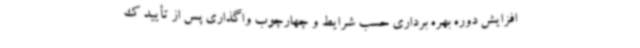
افزایش دوره بهره برداری حسب شرایط و چهارچوب واگذاری پس از تأیید ک